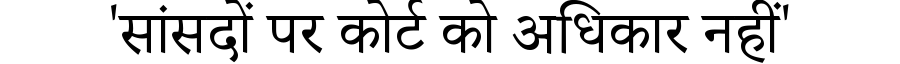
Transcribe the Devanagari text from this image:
'सांसदों पर कोर्ट को अधिकार नहीं'